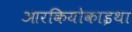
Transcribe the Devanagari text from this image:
आरकियोकाइथा